NAE_ERA_R-1665_Eesti_Kunstnike_Liit, lk 15
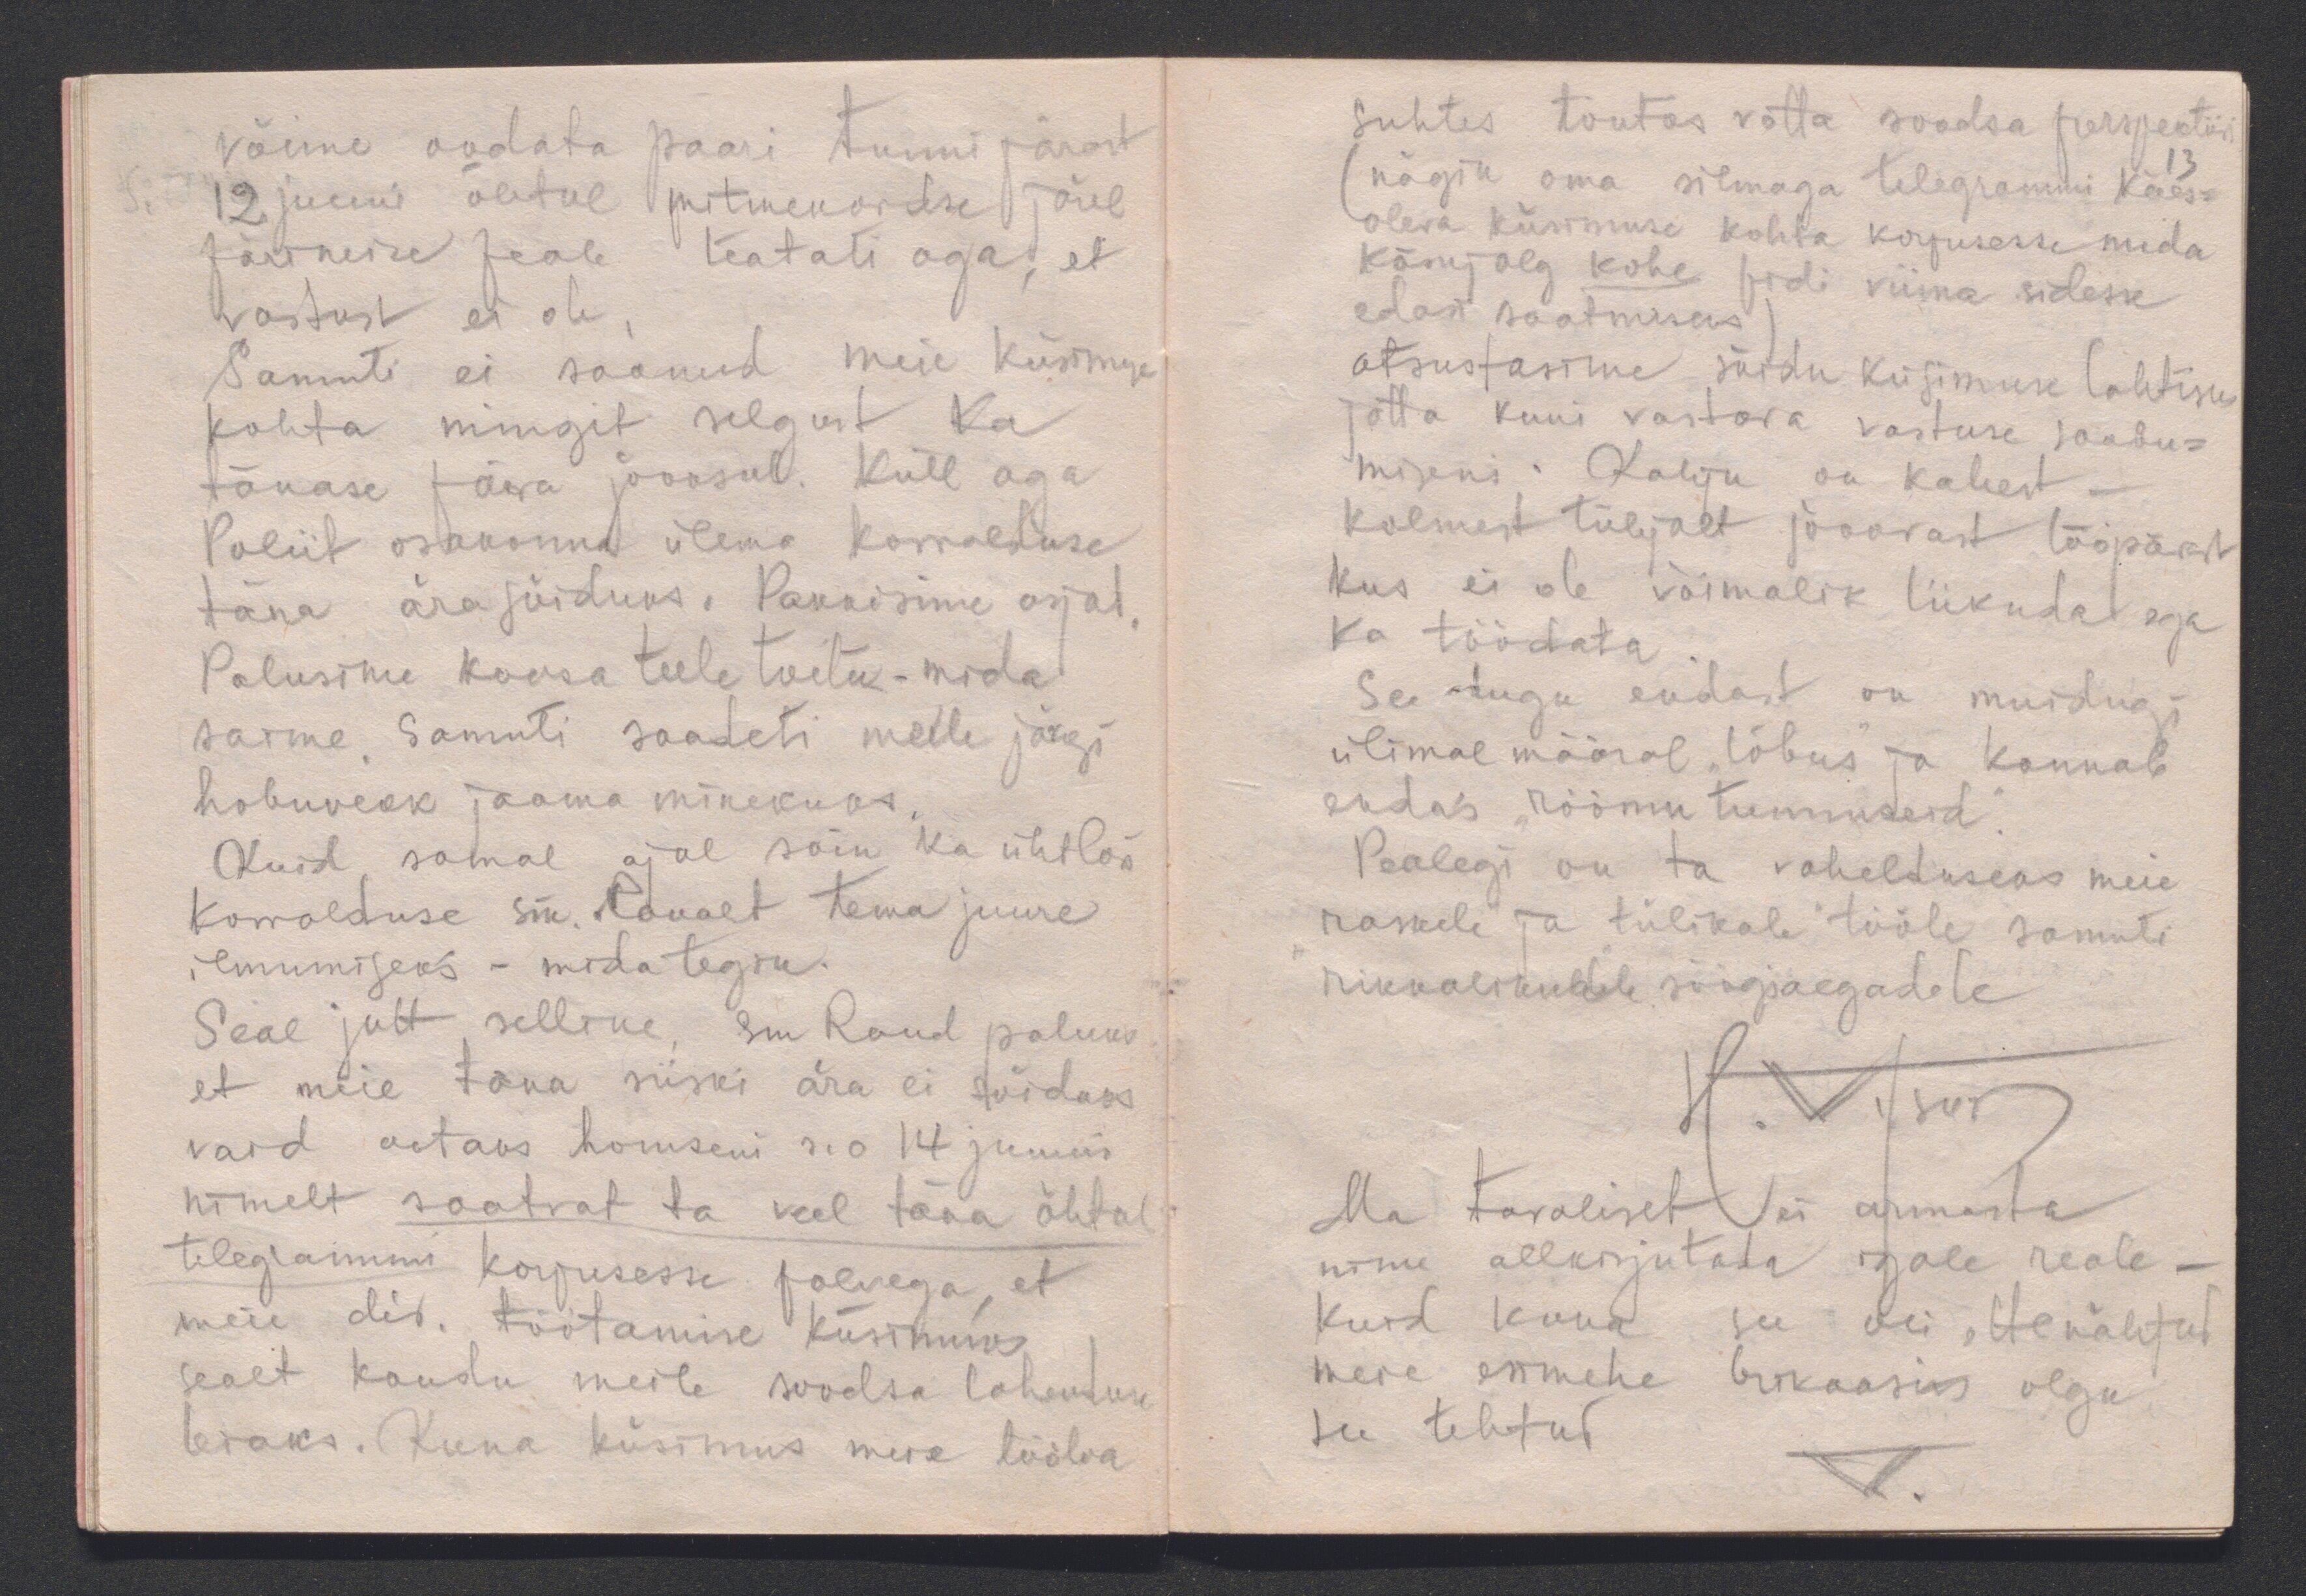
võime oodata paari tunni pärast
12 juuni õhtul mitmekordse järel
pärimise peale teatati aga, et
vastust ei ole.
Samuti ei saanud meie küsimuse
kohta mingit selgust ka
tänase päeva jooksul. Küll aga
Poliit osakonna ülema korralduse
täna ära sõiduks. Pakkisime asjad.
Palusime kaasa teele toitu - mida
saime. Samuti saadeti meile järgi
hobuveok jaama minekuks.
Kuid samal ajal sain ka ühtlasi
korralduse sm. Raualt tema juure
ilmumiseks - mida tegin.
Seal jutt selline, sm. Raud paluks
et meie täna siiski ära ei sõidaks
vaid ootaks homseni s.o 14 juunini
nimelt saatvat ta veel täna õhtul
telegrammi korpusesse palvega, et
meie div. töötamise küsimus
sealt kaudu meile soodsa lahenduse
leiaks. Kuna küsimus meie tööloa

suhtes tõotas võtta soodsa perspektiivi
13
(nägin oma silmaga telegrammi käes-
oleva küsimuse kohta korpusesse mida
käskjalg kohe pidi viima sidesse
edasi saatmiseks)
Otsustasime sõidu küsimuse lahtiseks
jätta kuni vastava vastuse saabu-
miseni. Kahju on kahest -
kolmest tühjalt jookvast tööpävast
kus ei ole võimalik liikuda ega
ka töödata.
See lugu endast on muidugi
ülimal määral "lõbus" ja kannab
endas "rõõmu tunnuseid"
Pealegi on ta vahelduseks meie
"raskele" ja "tülikale" tööle samuti
rikkalikudele söögiaegadele
H. Vitsur
Ma tavaliset ei armasta
nime allkirjutada igale reale -
kuid kuna see oli ettenähtud
meie esimehe brikaasis olgu
see tehtud
V.